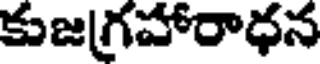
కుజగ్రహారాధన